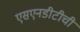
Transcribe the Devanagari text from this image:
एसएनडीटीची